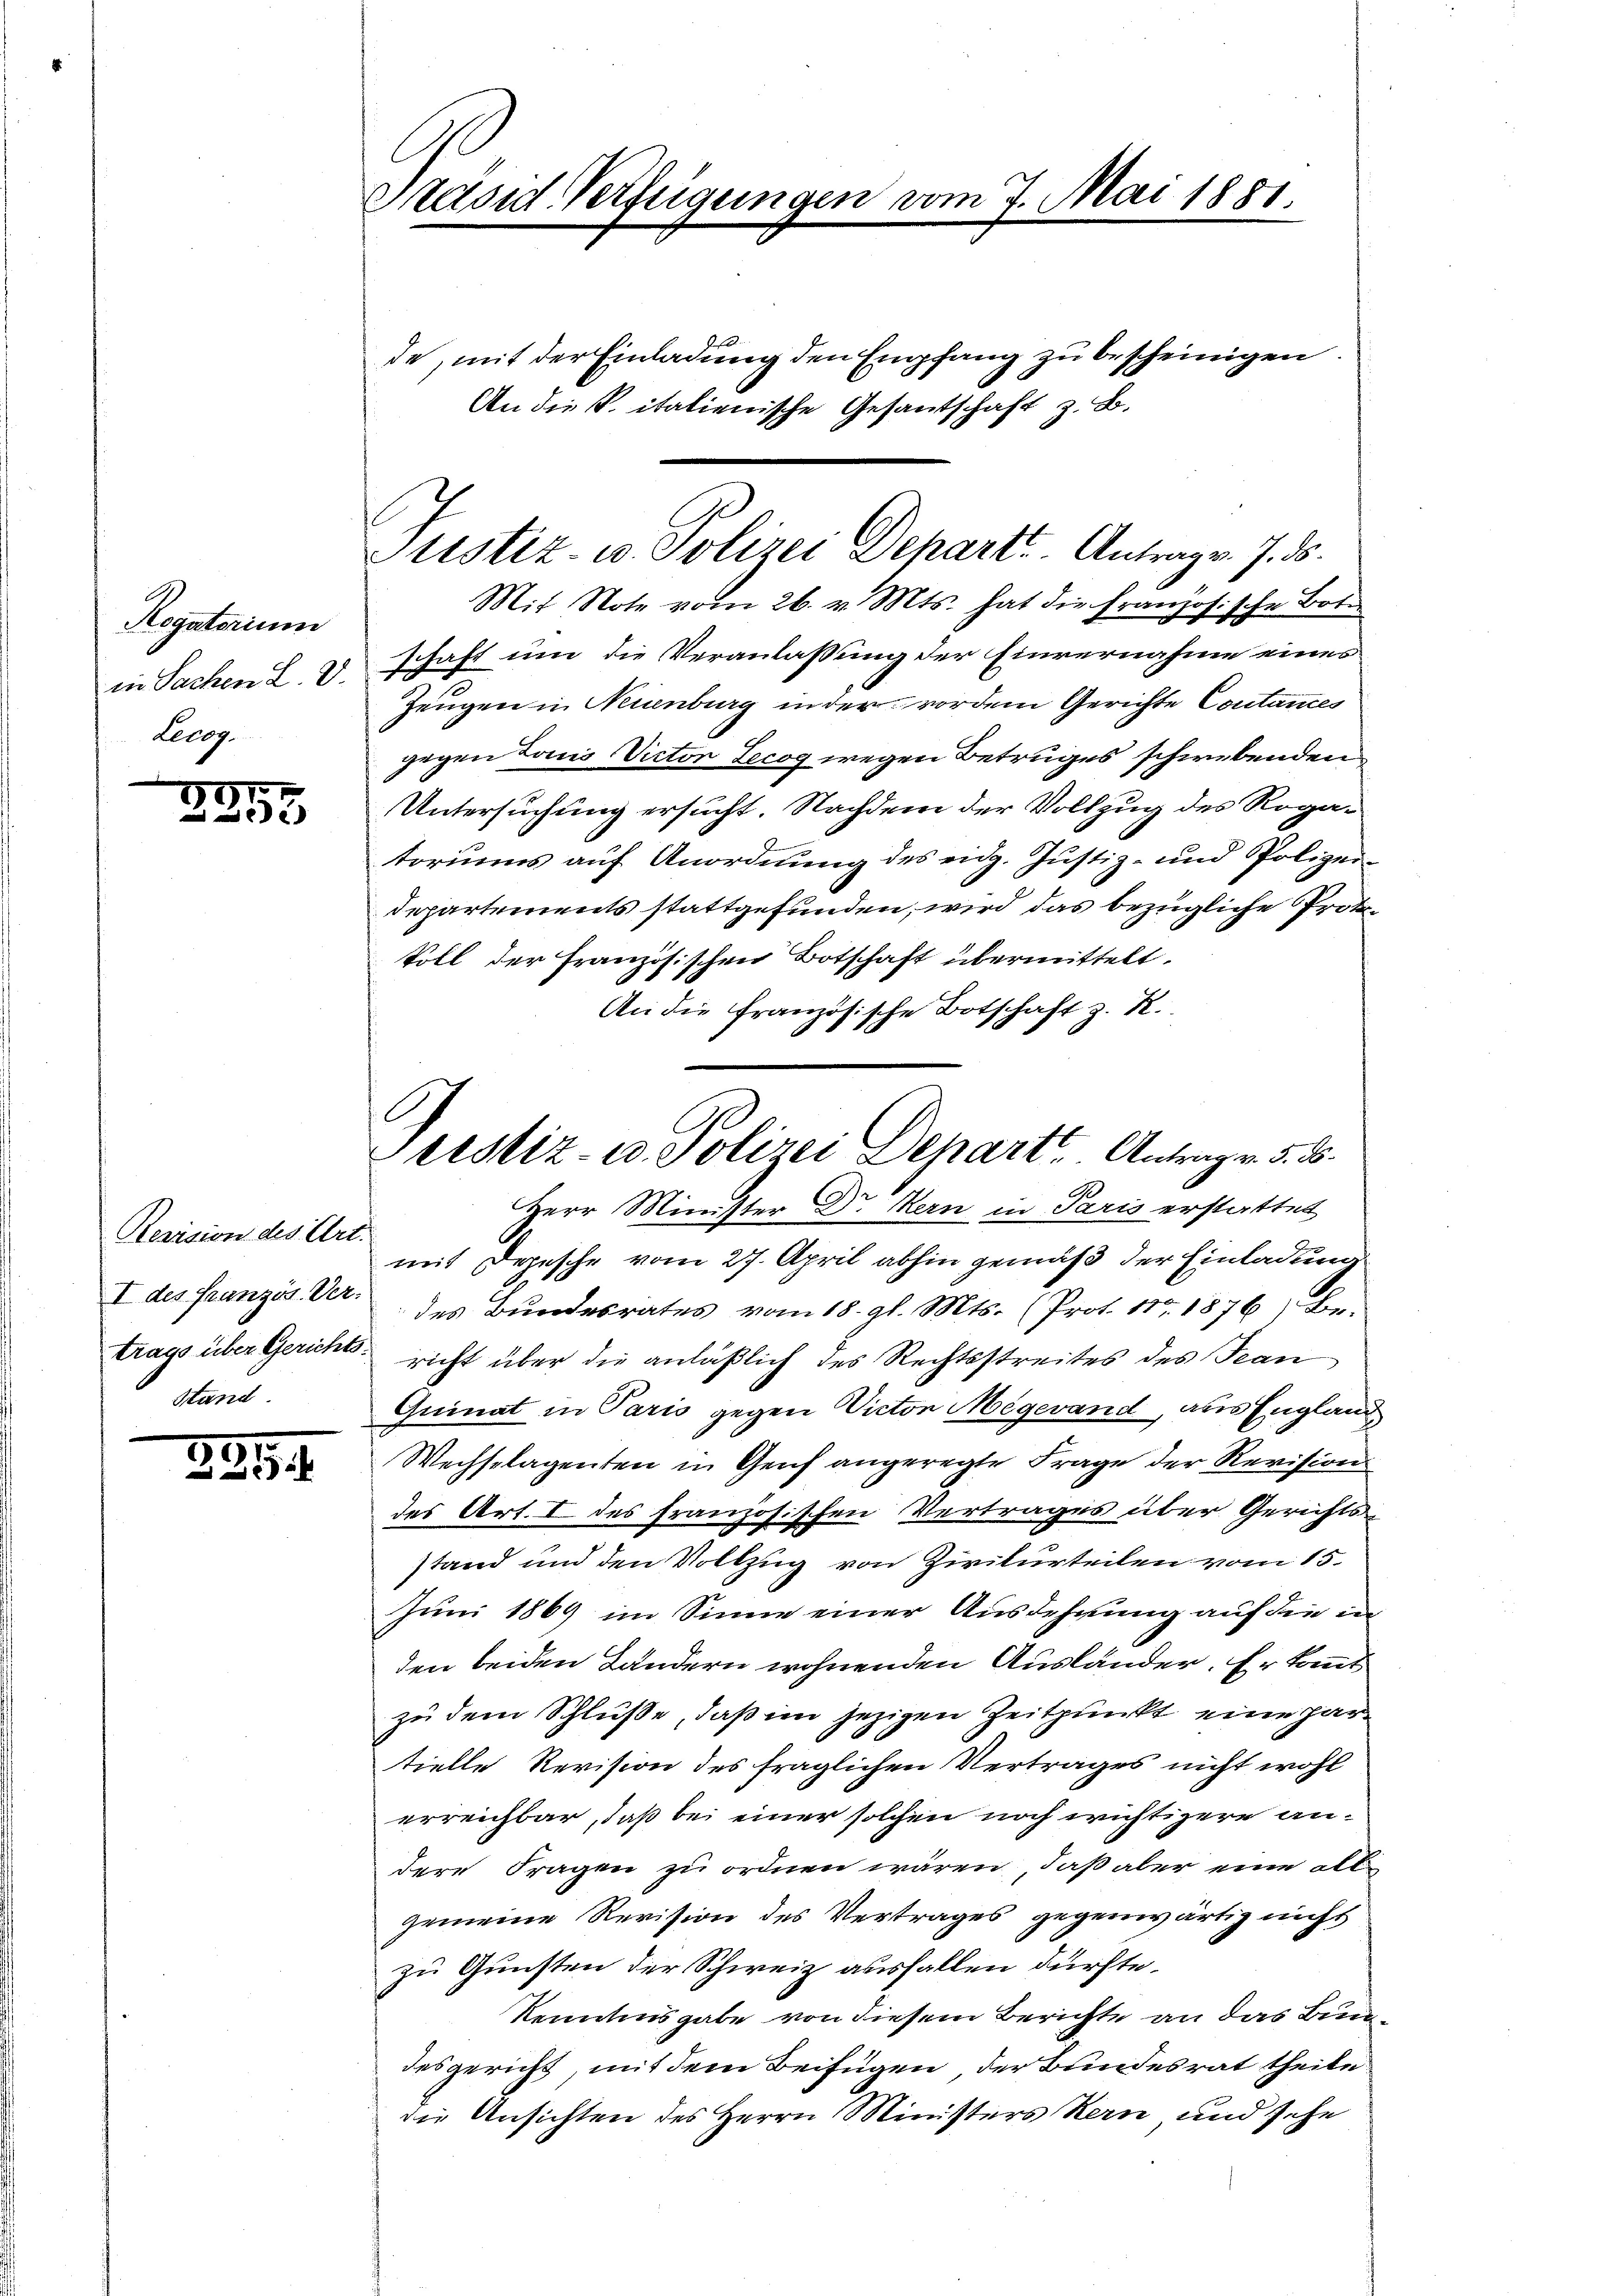
Regatorium
in Sachen L. V.
Lecog.

07
e

Revision des Art.
I des französ. Ver-
trags über Gerichts¬
Stand

5.
 xx

Präsid-Verfügungen vom 7. Mai 1881.

de, mit der Einladung den Empfang zu bescheinigen.
An die K. italienische Gesantschaft z. B.
Mit Note vom 26. v. Mts. hat die Französische Bote
schaft um die Veranlaßung der Einvernahme eines
Zeugen in Neuenburg in der vordem Gerichte Contances
gegen Laus Victor Recog wegen Betruges schwebenden
Untersuchung ersucht. Nachdem der Vollzug des Rogatoriums auf Anordnung des eidg. Justiz- und Polizei-
departements stattgefunden, wird das bezügliche Proto¬
Soll der Französischen Botschaft übermittelt.
An die französische Botschaft z. R.
Herr Minister Dr. Kern in Paris erstattet
mit Depesche vom 27. April abhin gemäß der Einladung
des Bundesrates vom 18. gl. Mts. (Prot. 11t 1876, Be-
richt über die anläßlich des Rechtsstreites des Jean
Quinat in Paris gegen Victor Megevand, aus England
Wechselagenten in Genf angeregte Frage der Revision
des Art. I des französischen Vertrages über Gerichtsstand und den Vollzug von Zivilurteilen vom 15.
Juni 1869 im Sinne einer Ausdehnung auf die in
den beiden Ländern wohnenden Ausländer. Er kannt
zu dem Schluße, daß im jezigen Zeitpunkt eine hartielle Revision des fraglichen Vertrages nicht wohl
erreichbar, daß bei einer solchen noch wichtigere andere Fragen zu ordnen wären, daß aber eine all
gemeine Revision des Vertrages gegenwärtig nicht
zu Gunsten der Schweiz ausfallen dürfte.
kenntnisgabe von diesem Berichte an das Bundesgericht, mit dem Beifügen, der Bundesrat theile
die Ansichten des Herrn Ministers Kern und sehe

Justiz- u. Polizei Depart. Antrag v. 7. ds.

Prestiz- u. Polizei Depart Antrag v. 5. d.